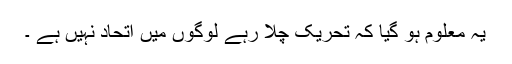
یہ معلوم ہو گیا کہ تحریک چلا رہے لوگوں میں اتحاد نہیں ہے ۔